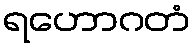
ရဟောဂတံ